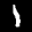
Label: 1